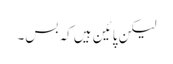
لیکن پائین ہیں کہ بس۔